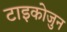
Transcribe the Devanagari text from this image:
टाइकोजुन